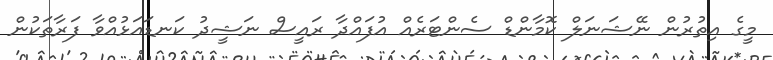
މީގެ އިތުރުން ނޭޝަނަލް ކޮމާންޑް ސެންޓަރެއް އުފައްދާ ރައީސް ނަޝީދު ކަނޑައަޅުއްވާ ފަރާތަކުން